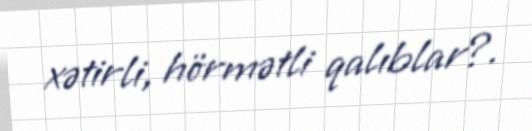
xətirli, hörmətli qalıblar?.